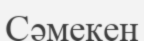
Сәмекен